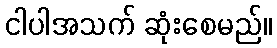
ငါပါအသက် ဆုံးစေမည်။